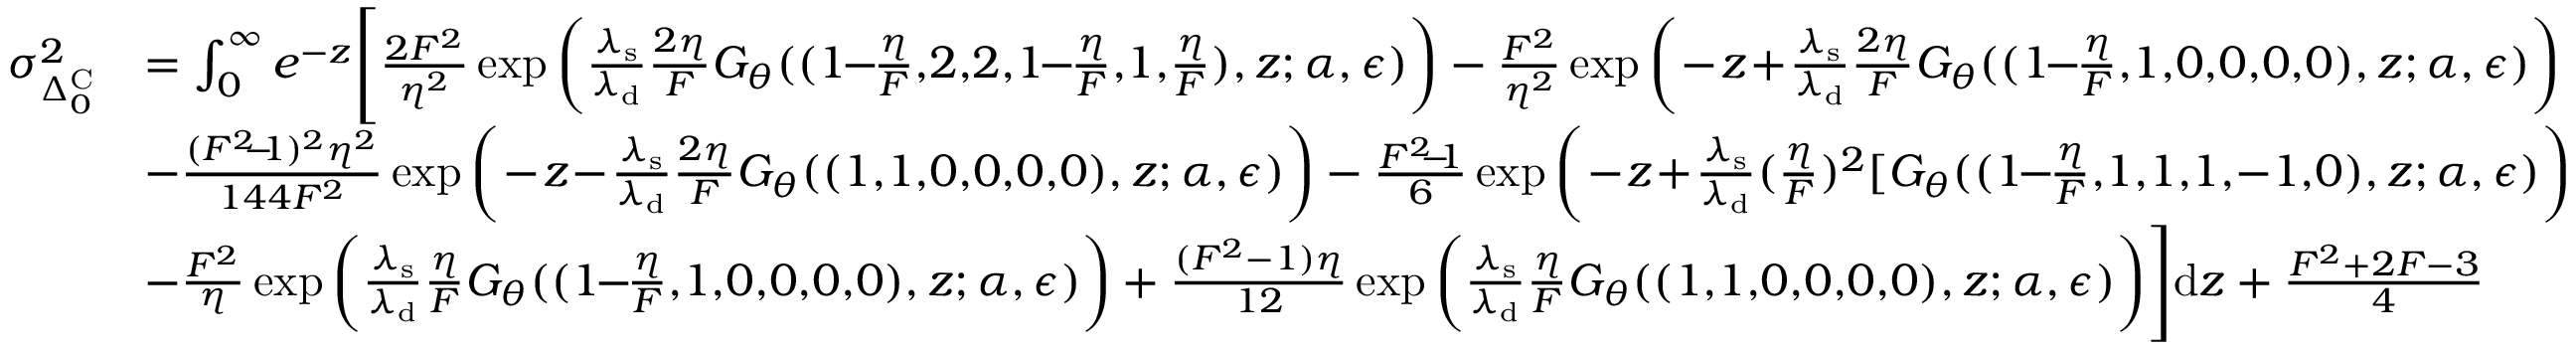
\begin{array} { r l } { \sigma _ { \Delta _ { 0 } ^ { \mathrm { C } } } ^ { 2 } } & { = \int _ { 0 } ^ { \infty } e ^ { - z } \Bigg [ \frac { 2 F ^ { 2 } } { \eta ^ { 2 } } \exp { \bigg ( \frac { \lambda _ { \mathrm { s } } } { \lambda _ { \mathrm { d } } } \frac { 2 \eta } { F } G _ { \theta } ( ( 1 \! \! - \! \! \frac { \eta } { F } , \! 2 , \! 2 , \! 1 \! \! - \! \! \frac { \eta } { F } , \! 1 , \! \frac { \eta } { F } ) , z ; \alpha , \epsilon ) \bigg ) } - \frac { F ^ { 2 } } { \eta ^ { 2 } } \exp { \bigg ( \! - \! z \! + \! \frac { \lambda _ { \mathrm { s } } } { \lambda _ { \mathrm { d } } } \frac { 2 \eta } { F } G _ { \theta } ( ( 1 \! \! - \! \! \frac { \eta } { F } , \! 1 , \! 0 , \! 0 , \! 0 , \! 0 ) , z ; \alpha , \epsilon ) \bigg ) } } \\ & { - \frac { ( F ^ { 2 } \! \! - \! \! 1 ) ^ { 2 } \eta ^ { 2 } } { 1 4 4 F ^ { 2 } } \exp { \bigg ( \! - \! z \! - \! \frac { \lambda _ { \mathrm { s } } } { \lambda _ { \mathrm { d } } } \frac { 2 \eta } { F } G _ { \theta } ( ( 1 , \! 1 , \! 0 , \! 0 , \! 0 , \! 0 ) , z ; \alpha , \epsilon ) \bigg ) } - \frac { F ^ { 2 } \! \! - \! \! 1 } { 6 } \exp { \bigg ( \! - \! z \! + \! \frac { \lambda _ { \mathrm { s } } } { \lambda _ { \mathrm { d } } } ( \frac { \eta } { F } ) ^ { 2 } [ G _ { \theta } ( ( 1 \! \! - \! \! \frac { \eta } { F } , \! 1 , \! 1 , \! 1 , \! - 1 , \! 0 ) , z ; \alpha , \epsilon ) \bigg ) } } \\ & { - \frac { F ^ { 2 } } { \eta } \exp { \bigg ( \frac { \lambda _ { \mathrm { s } } } { \lambda _ { \mathrm { d } } } \frac { \eta } { F } G _ { \theta } ( ( 1 \! \! - \! \! \frac { \eta } { F } , \! 1 , \! 0 , \! 0 , \! 0 , \! 0 ) , z ; \alpha , \epsilon ) \bigg ) } + \frac { ( F ^ { 2 } - 1 ) \eta } { 1 2 } \exp { \bigg ( \frac { \lambda _ { \mathrm { s } } } { \lambda _ { \mathrm { d } } } \frac { \eta } { F } G _ { \theta } ( ( 1 , \! 1 , \! 0 , \! 0 , \! 0 , \! 0 ) , z ; \alpha , \epsilon ) \bigg ) } \Bigg ] \mathrm { d } z + \frac { F ^ { 2 } + 2 F - 3 } { 4 } } \end{array}